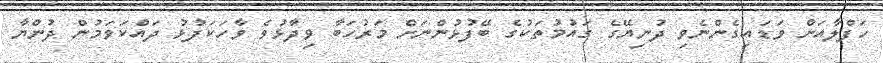
ހަފްލާއަށް ވަޑައިގެންނެވި ދުނިޔޭގެ ގައުމުތަކުގެ ބޭފުޅުންނަށް މަރުހަބާ ވިދާޅުވެ ވާހަކަފުޅު ދައްކަވަމުން ދުންޔާ